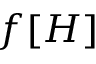
f [ H ]